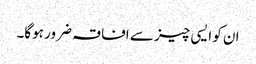
ان کو ایسی چیز سے افاقہ ضرور ہوگا۔